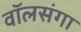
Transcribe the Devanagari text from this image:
वॉलसंगा